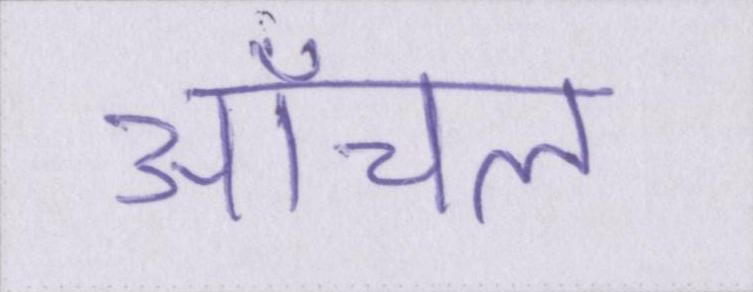
आंचल